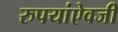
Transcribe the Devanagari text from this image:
रुपयांऐवजी